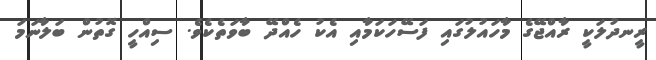
ރީނދުލަކީ ރާއްޖޭގެ މާހައުލުގައި ފަސޭހަކަމާއި އެކު ހެއްދޭ ބާވަތެކެވެ. ސިއްހީ ގޮތުން ބަލާނަމަ